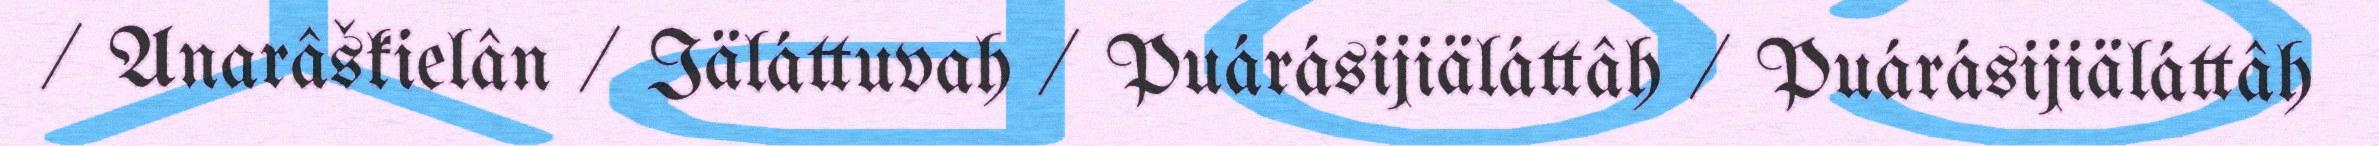
/ Anarâškielân / Iäláttuvah / Puárásijiäláttâh / Puárásijiäláttâh